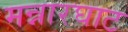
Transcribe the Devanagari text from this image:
मन्नारघाट